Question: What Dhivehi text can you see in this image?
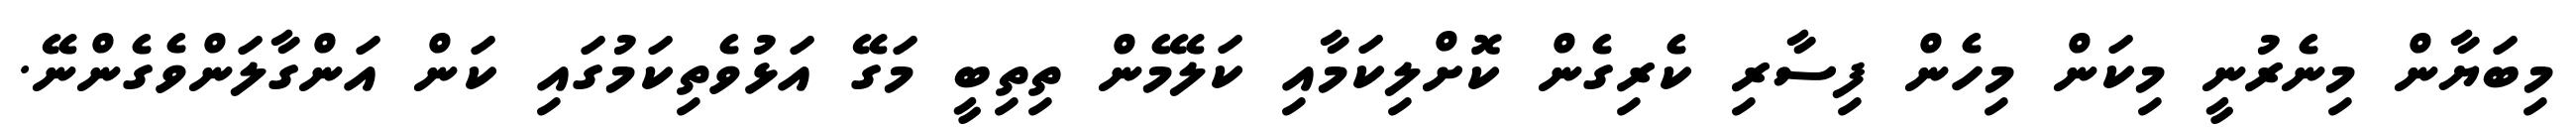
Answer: މިބަޔާން މިނެރުނީ މިކަން މިހެން ފިސާރި ކެރިގެން ކޮށްލިކަމާއި ކަލޭމެން ތިތިބީ މަގޭ އަޅުވެތިކަމުގައި ކަން އަންގާލަންވެގެންނޭ.